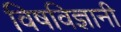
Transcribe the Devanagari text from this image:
विषविज्ञानी